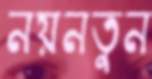
নয়নতুন